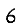
Digit: 6